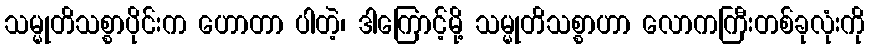
သမ္မုတိသစ္စာပိုင်းက ဟောတာ ပါတဲ့၊ ဒါကြောင့်မို့ သမ္မုတိသစ္စာဟာ လောကကြီးတစ်ခုလုံးကို